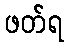
ဖတ်ရ